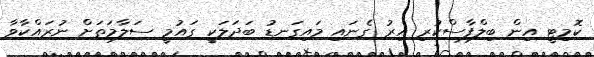
ކޮމިޓީ އިން ބިލްފާސްކުރި އިރު ގެނައި މައިގަނޑު ބަދަލަކީ ގައުމީ ސަލާމަތަށް ނުރައްކާވާ